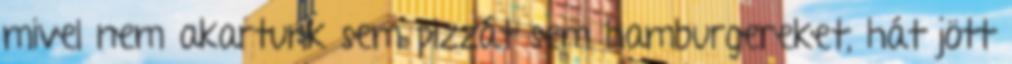
mivel nem akartunk sem pizzát sem hamburgereket, hát jött